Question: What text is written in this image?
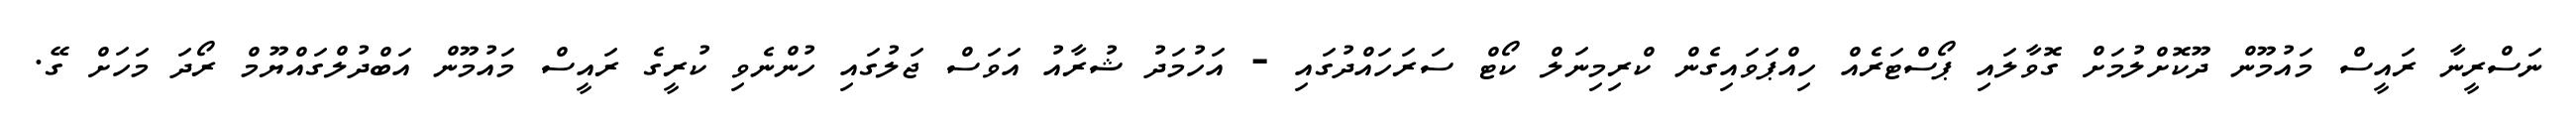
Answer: ނަސްރީނާ ރައީސް މައުމޫން ދޫކޮށްލުމަށް ގޮވާލައި ޕޯސްޓަރެއް ހިއްޕަވައިގެން ކްރިމިނަލް ކޯޓް ސަރަހައްދުގައި - އަހުމަދު ޝުރާއު އަވަސް ޖަލުގައި ހުންނެވި ކުރީގެ ރައީސް މައުމޫން އަބްދުލްގައްޔޫމް ރޯދަ މަހަށް ގޭ.